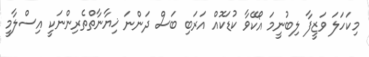
މިކަހަލަ ވަޒީފާ ލިބުނީމަ އޯކޭވާ ކުޑަކޮއް އަރަބި ބަސް ދަންނަ ޚިޔާނާތްތެރިންނަކީ އިސްލާމީ